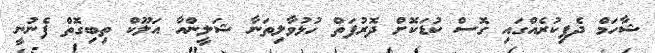
ޝާހަމް ދެފިކުރެއްގައި ގޮސް ކުޑަކޮށް ދޮރުފަތް ހުޅުވާލިތަނާ ޝަލީންއާ އަލޫކް ތިބިގޮތް ފެނުނީ